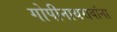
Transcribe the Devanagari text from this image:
गोपीनाथरावांना